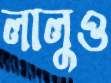
লালুও